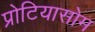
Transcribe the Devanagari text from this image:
प्रोटियासोम